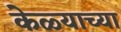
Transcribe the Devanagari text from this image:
केळ्याच्या